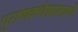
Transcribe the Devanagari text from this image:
पुराणकथेप्रामाणे